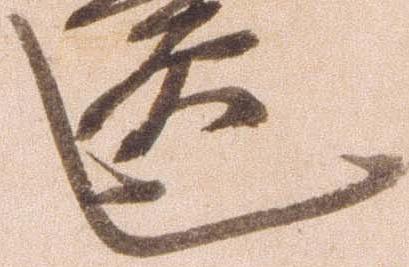
也